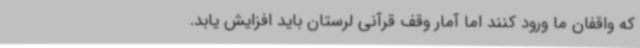
که واقفان ما ورود کنند اما آمار وقف قرآنی لرستان باید افزایش یابد.